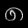
Digit: ၈